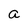
Character: a